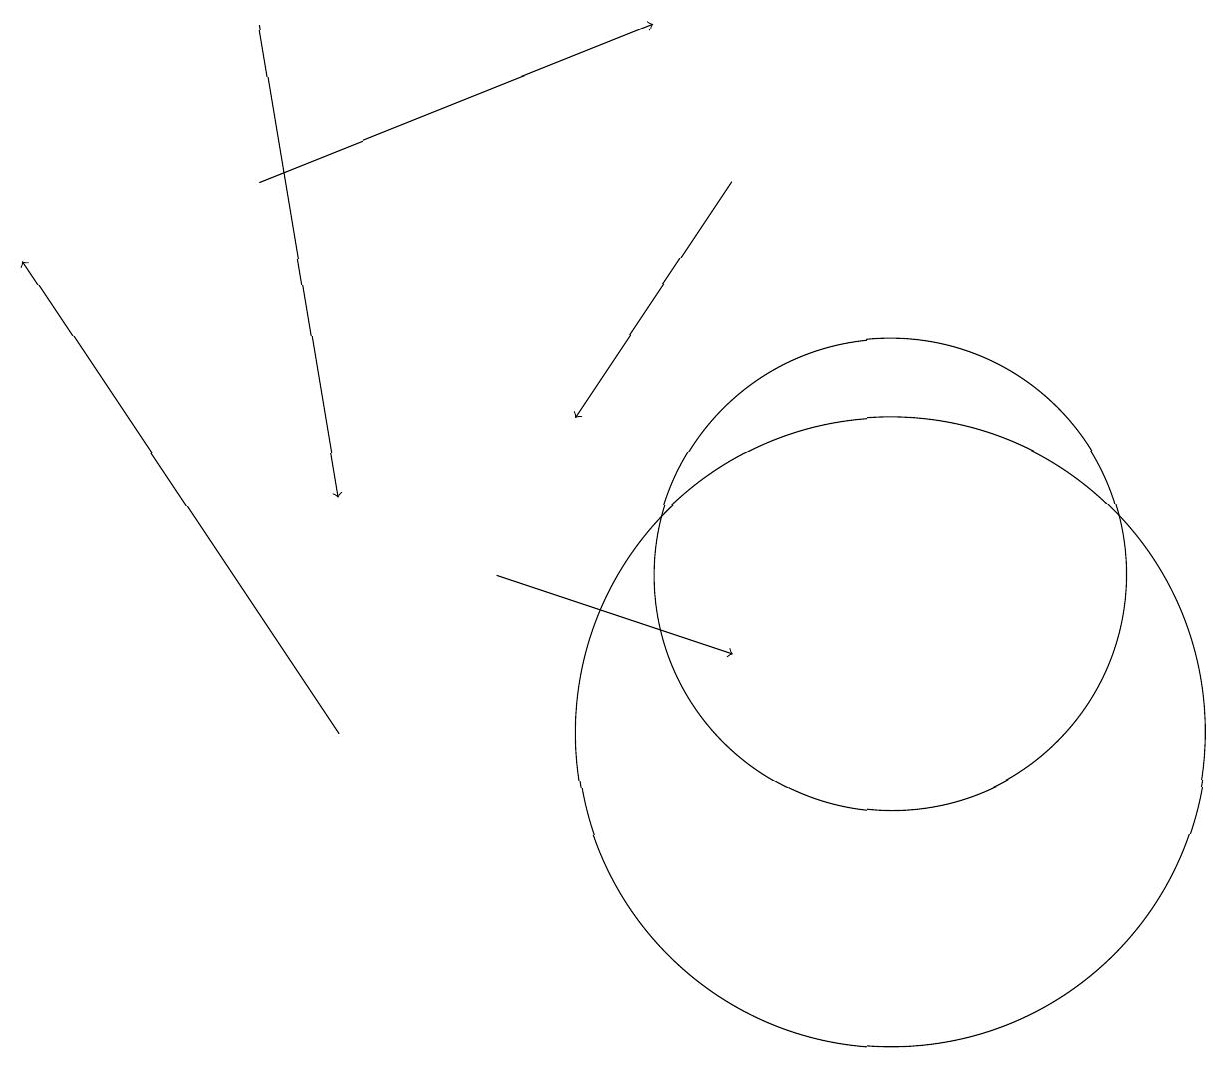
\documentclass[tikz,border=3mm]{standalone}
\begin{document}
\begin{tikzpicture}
\draw[->] (3,17) -- (8,19);
\draw (11,10) circle (4);
\draw[->] (4,10) -- (0,16);
\draw (11,12) circle (3);
\draw[->] (3,19) -- (4,13);
\draw[->] (9,17) -- (7,14);
\draw[->] (6,12) -- (9,11);
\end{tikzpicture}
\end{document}